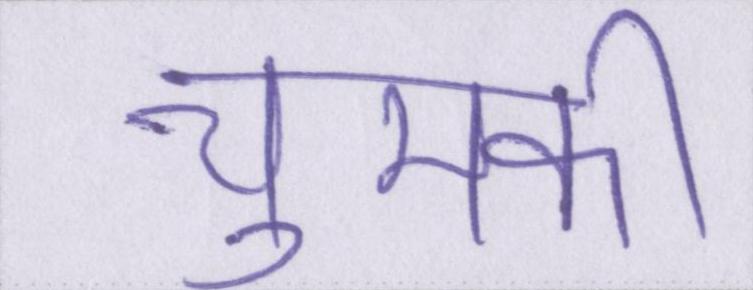
चुमकी